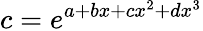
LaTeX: c=e^{a+bx+cx^{2}+dx^{3}}